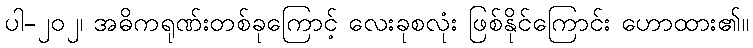
ပါ-၂၀၂၊ အဓိကရုဏ်းတစ်ခုကြောင့် လေးခုစလုံး ဖြစ်နိုင်ကြောင်း ဟောထား၏။